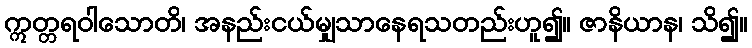
ဣတ္တရဝါသောတိ၊ အနည်းငယ်မျှသာနေရသတည်းဟူ၍။ ဇာနိယာန၊ သိ၍။